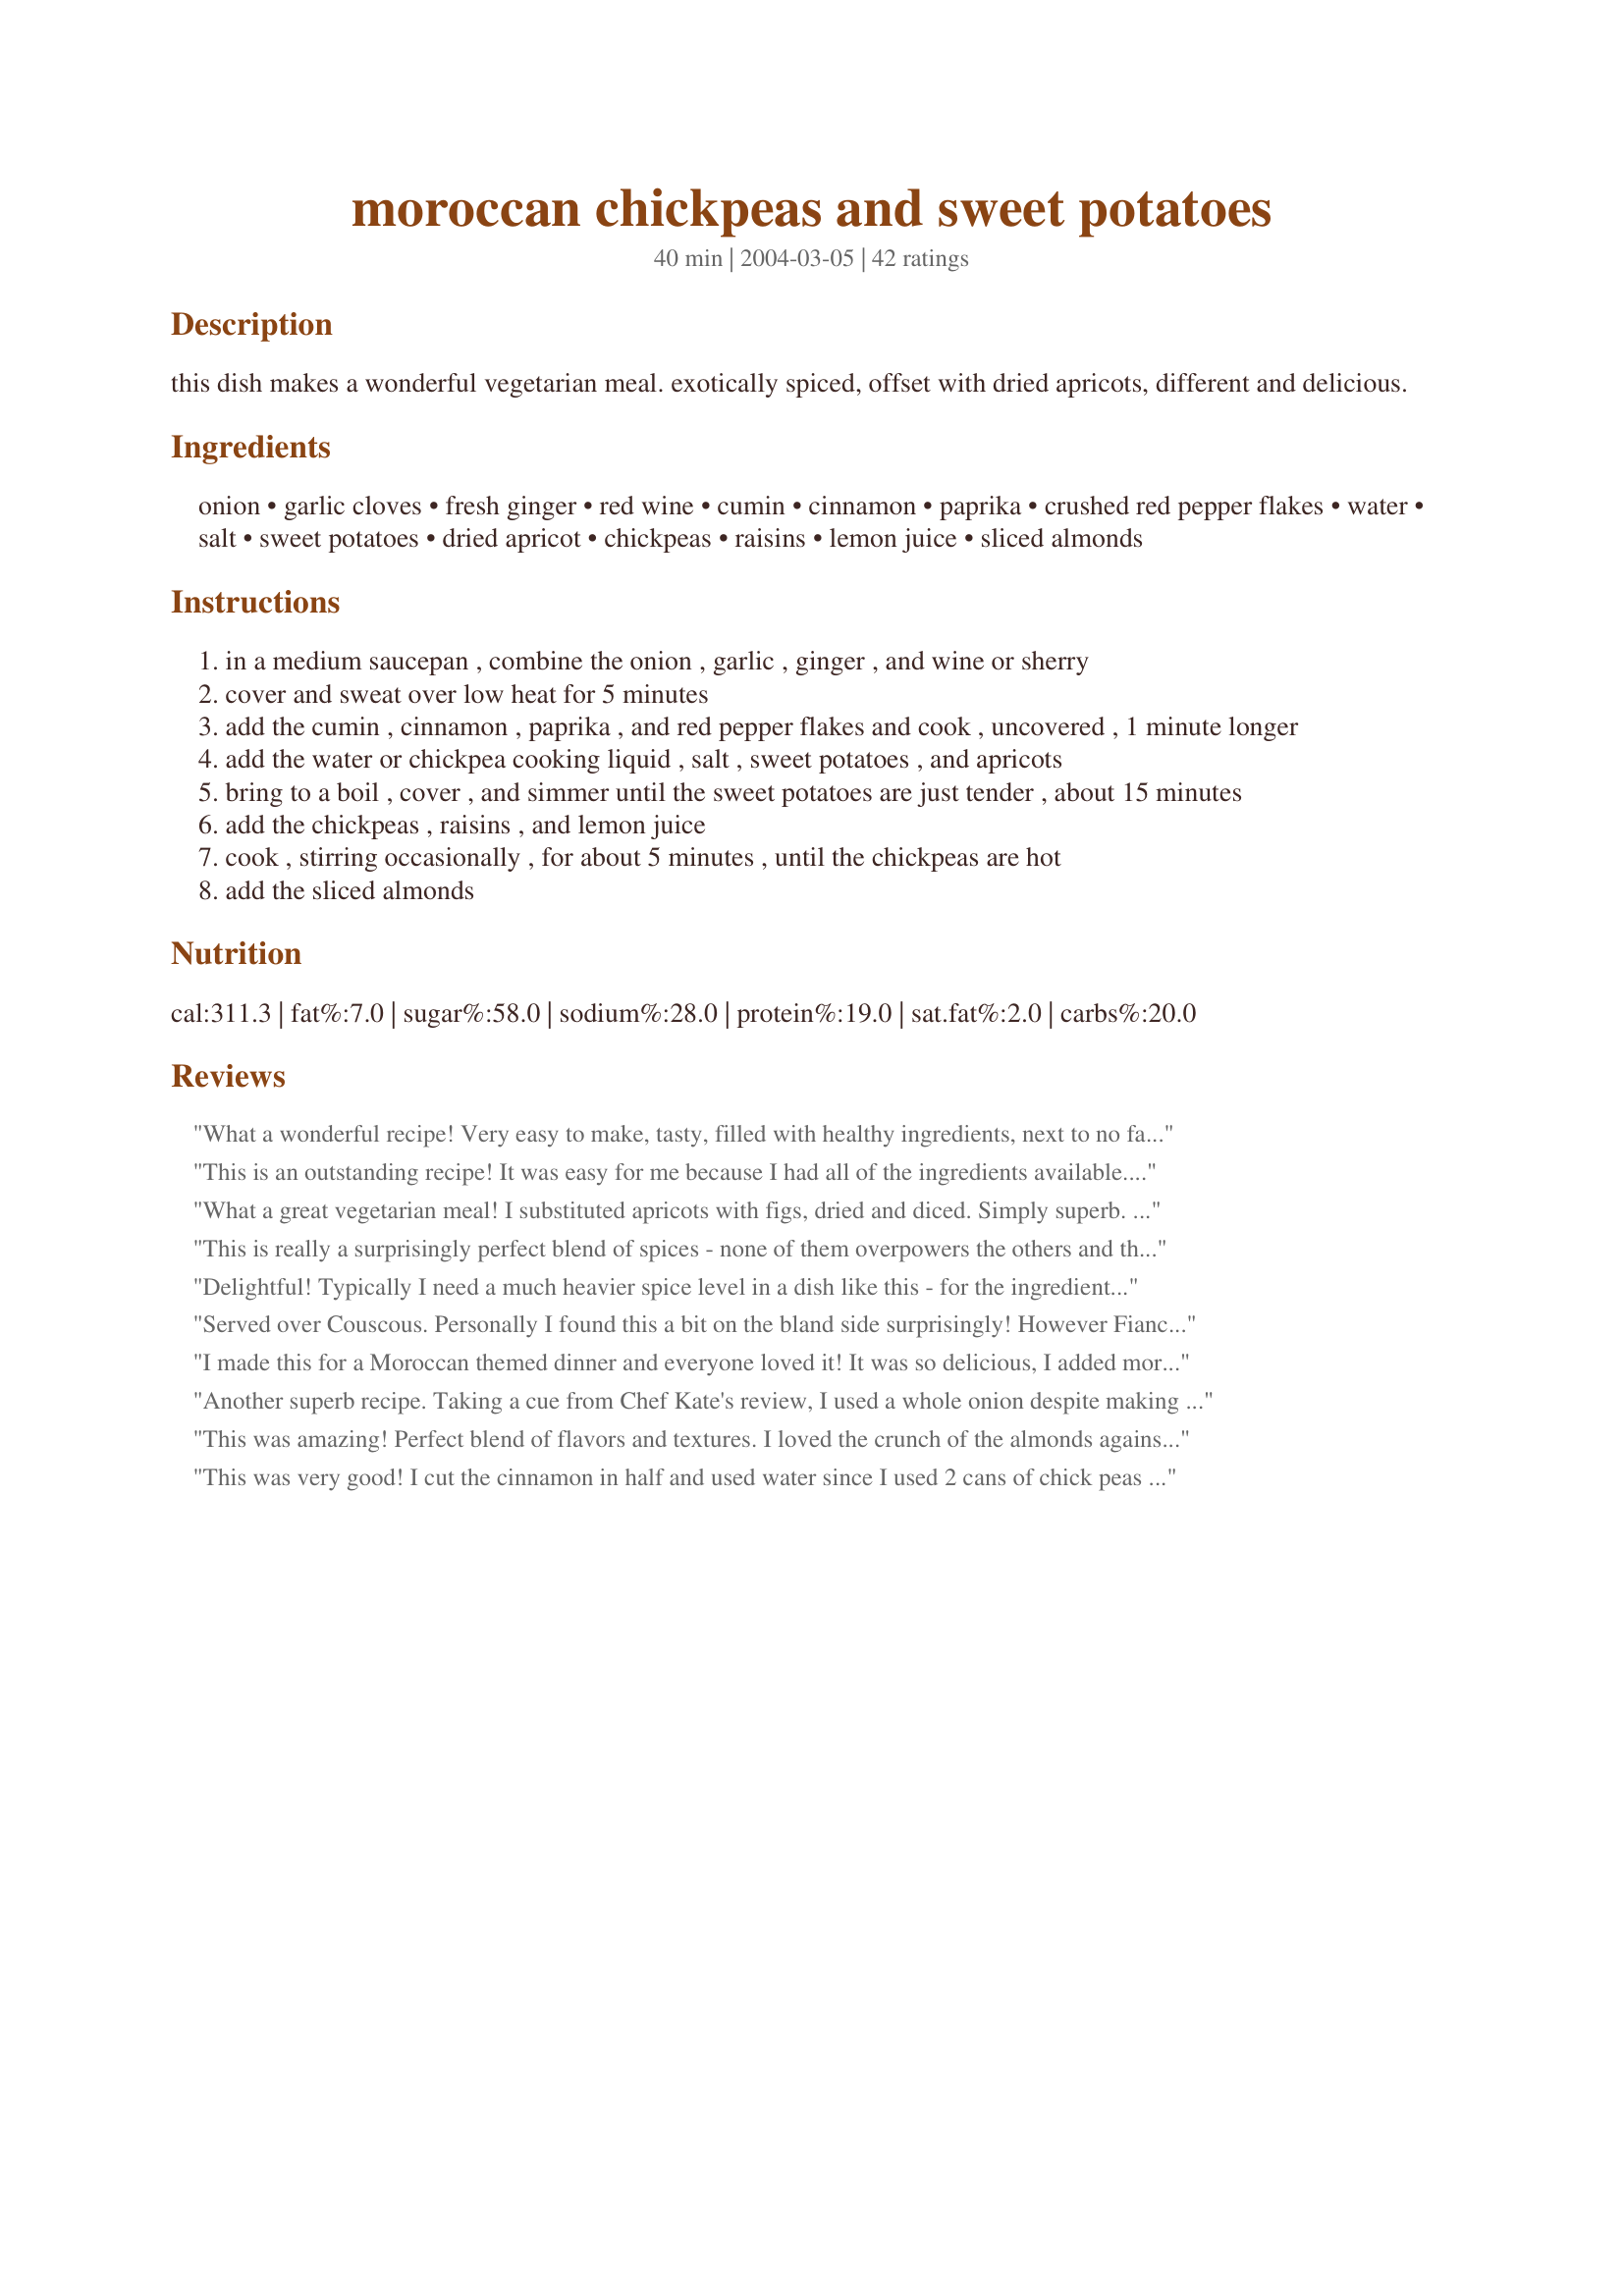
moroccan chickpeas and sweet potatoes
Preparation time: 40 minutes

this dish makes a wonderful vegetarian meal. exotically spiced, offset with dried apricots, different and delicious.

Ingredients:
onion, garlic cloves, fresh ginger, red wine, cumin, cinnamon, paprika, crushed red pepper flakes, water, salt, sweet potatoes, dried apricot, chickpeas, raisins, lemon juice, sliced almonds

Steps:
in a medium saucepan , combine the onion , garlic , ginger , and wine or sherry
cover and sweat over low heat for 5 minutes
add the cumin , cinnamon , paprika , and red pepper flakes and cook , uncovered , 1 minute longer
add the water or chickpea cooking liquid , salt , sweet potatoes , and apricots
bring to a boil , cover , and simmer until the sweet potatoes are just tender , about 15 minutes
add the chickpeas , raisins , and lemon juice
cook , stirring occasionally , for about 5 minutes , until the chickpeas are hot
add the sliced almonds

Reviews:
What a wonderful recipe! Very easy to make, tasty, filled with healthy ingredients, next to no fat. My DH said: "I never thought I'd like eating food like this."
This is an outstanding recipe!
It was easy for me because I had all of the ingredients available.
I think my one sister ate most of it.
This dish was so good with our Thanksgiving dinner.
Thanks for posting!
What a great vegetarian meal! I substituted apricots with figs, dried and diced. Simply superb. Thank you.
This is really a surprisingly perfect blend of spices - none of them overpowers the others and the whole is far greater than the sum of the parts! I was tempted to add some olive oil in the beginning steps of the preparation because I just couldn't believe this veggie dish was gonna fly without any fat; but I resisted. And it works - you just have to believe...
Delightful! Typically I need a much heavier spice level in a dish like this - for the ingredients involved it was spot-on. After reading from other reviewers that it seemed to lack "sauce", I put a generous amount of sherry near the end. This seemed to give it some oomph. Thanks!
Served over Couscous. Personally I found this a bit on the bland side surprisingly! However Fiance said he loved it so we meet halfway at 4 stars. Made exact to recipe.
I made this for a Moroccan themed dinner and everyone loved it! It was so delicious, I added more apricots than the recipe asked for and glad i did as it made a nice sweet flavour to offset some of the other spicy dishes we had. Will be making this again!
Another superb recipe. Taking a cue from Chef Kate's review, I used a whole onion despite making just two servings. For the liquid, I used half liquid and half water to get the benefit of the thickening from the first without ending up with too much salt. I did end up adding more water, but that had more to do with my desire to have extra sauce than anything else. Delicious.
This was amazing! Perfect blend of flavors and textures. I loved the crunch of the almonds against the sweet potatoes and chickpeas. Next time I may double the apricots, just because I love them. Thanks for sharing!
This was very good! I cut the cinnamon in half and used water since I used 2 cans of chick peas (about 2 1/2 cups).. The only thing I thought it lacked was salt and I'm usually very sensitive to salt! No matter...I just added some to the final product. Thanks so much for posting.. I will definitely be making this again.
I agree, it was a lovely dish. I have made this a couple of times, and can confirm, that it freezes brilliantly.
Extremely healthy dish, so I can't say I'm not going to make it again, and the prep is nice and straightforward, but the cinnamon flavor in my opinion is much too overpowering. Any bite with a strong almond flavor was much better, so add more of those along with less cinnamon. I'll probably use a little cayenne next time to get something on the spicier side to balance out the overall sweetness as well. Probably could use some fresh green herbs as a finisher, too (parsley or cilantro?)
Brilliant and delicious! A beautiful balance between sweet and tangy with full flavors. I did use a Moroccan spice blend called Ras El Hanout instead of the listed spices (which I highly recommend) otherwise, followed the recipe as written.
Served over Basmati rice, this was so easy to throw together and a healthy alternative to meat--which, as a big carnivore, I was surprised to find I didn't miss at all!

If you are the least bit interested, give the recipe a try, I don't think you'll be disappointed. I wasn't!
I hate to say this but we didn't love this as much as everyone else seems to. FIrst of all, I have to say that this is a very healthy and realatively easy dish. I felt like it needed a more substantial sauce or flavor. I added a bunch extra hot peppers which made a difference but I still thought it needed more. THanks for the recipe evelyn.....
A lovely healthy recipie and tasty too. I used dried chickpeas, so it was pretty cheap aswell. The amount of red pepper flakes recommended give a lovely taste but not much heat - if you like your food on the hot side you will need to add more. It is also worth noting that the portion size is generous, and for many people this may well stretch to 5 or 6. Thanks for posting such a great recipie.
This made a great vegetarian dinner for my husband and I. I served this dish over brown rice. We will definitely be making it again. The red pepper flakes made for a nice sweet and sour sort of taste. I will say that prep was definitely more than 5 minutes. In fact, it was probably closer to 20 to 25 minutes.
Thanks for the excellent recipe! We really enjoy sweet potatoes, so this is another healthy and delicious way to dress them up. I couldn't get a hold of dried apricots, so I doubled the amount of raisins instead. I used chickpea liquid and a bit of water, but omitted the salt. Served it over brown rice. Yum!
Excellent, nice combination of flavors and textures. Served with couscous.
This recipe is tasty, very satisfying, and looks beautiful. I like the idea of sweating the onions, garlic and ginger to reduce fat calories. I didn't have all ingredients on hand, so used a red onion, cayenne pepper in place of the flakes, and dried cranberries instead of the apricots. I also had baked my potatoes earlier and just added them without bringing to a boil. Really delicious!
I like all the components of this dish, but the result lacked in flavor. If I tried to make it again sometime I would add peanut butter. Because peanut butter makes everything better.
I am just SO disappointed !! We are having vegetarian guests and LONG time friends, in for dinner next month, and I REALLY wanted this to be the center piece of dinner !! Have found that I DO NOT like sweet main dishes with strong taste of cinnamon !! I prepared half recipe for our taste test, and DH thought "something spicier" would help -- but I didn't think any adjustment would improve the taste. I have always counted on Ev/Athens for authentic recipes, and have no doubt this is one. I just cannot serve it when I can't enjoy it! Thanks, Ev -- but I need to do more research.
Janey
We tried this recipe and found it to be delicious - sweet & sour - highly recommended.
We tried this dish last night and really enjoyed it. I used red wine vinegar instead of red wine (I don't use alcohol at all in my cooking.) and it turned out just fine! I also forgot to add the almonds, too busy trying to get dinner on the table! A good dish to eat every once in awhile.
Substituted dried cranberries for the dried apricots and it turned out to be a delicious and colorful addition to our Christmas dinner. I love that there is no added fat. This tasty dish received great reviews and requests to make sure it appears on our dinner table again soon. Seasoning was just right with a bit of kick to make the sweet potatoes stand out. So much better than the marshmallow covered glop that the healthy sweet potato is subjected to on the holiday dinner table!
Loved it. I pretty much followed the recipe exactly, a rarity for me, although I didn't really measure. The lemon juice is essential to balance out all the sweet flavors. The almonds add a lot, too. I will make this again.
Made an excellent vegetarian meal served over steamed rice last night. I used fresh lime juice in place of lemon and threw some fresh cilantro on the top which was a nice touch. Would beef up the spices just a bit as we like ours with lots of spice - looking forward to leftovers this afternoon.
Absolutely fantastic! One of the best recipes I've ever tried. My husband loved it and I can't wait to try it out on our vegan son!
The chickpeas perfectly complement the sweetness of the potato and fruit. The onions take on a lovely texture--and are a wonderful foil for the other textures--next time I think I will increase the amount of onion. An excellent vegetarian supper.
It was WONDERFUL! I sooo enjoyed this dish. Made it just as you posted except for the lemon juice...was out. I think next time I will increase the apricots and leave out the raisins, just personal preference. Served it with brown jasmine rice and homemade naan bread, which I make very spicy. I had doubled the recipe but not the red peppers, which I added at the end anyway. The only comment other than, "Great', was from my son for more salt.
This was a very tasty recipe! I substituted 1 tbsp of garam masala for the spices listed, which I realize made it more Indian than Moroccan, but it still worked well and was so good. My 2 year old even ate it, which speaks volumes for the power of this recipe!!!!
This was SO good. We left out the apricots (didn't have any) and the almonds (forgot to add them); otherwise we followed the recipe as written. It's such a nice combination of sweet, spicy, and sour. I thoroughly enjoyed the leftovers the next day, too. We served this over brown rice, by the way. Thanks for sharing this!
Excellent! I served it as an accompaniment to my Chicken B'stilla Roll. I used canned, drained chick peas, chicken stock instead of water & both orange & white sweet potatoes. Son had some harissa with his. Definitely a keeper, thank you.
excelent had a chicken tagine dish to go with this also cousecouse<br/> hudley1
Fragrant and delicious, was great as a main dish and as a side. Thanks for sharing!
This is a gorgeous dish. Quite sweet for some tastes but the spice gives it a bit of an edge & I used a little extra ginger for some kick. 
I used a can of chickpeas and the water they came in worked out to be the exactly one cup! Perfect. 
My husband hates dried apricots & raisins but he ate this & raved about it! Ha ha. 
Happy cooking!
Oh my god! This is fantastic. The blend of flavours and textures is heavenly and it has lots of eye-appeal too. We had it as a main course with an Asian salad on the side and the combination was perfect. I will also make this as a side dish to accompany lamb and chicken main courses. Thanks so much for posting this amazing (and also easy and cheap!) recipe!
Oooooh! this is exactly the type of vegetarian dish that I love! I used canned chickpeas but everything else was the same. I may have added a bit too much crushed red pepper flakes, it has quite a bite - but I served this with a dollop of Greek yoghurt which mellowed it out and really put a nice finish to the meal. Thank you for the post! ZWT 3
OMG!!!! I loved this. The kids did not care for the chickpeas but they don't like peas of any kind. Other than that they loved it. Hubby made pork chops for him and the kids and I just had this without the chops. Very filling.
Served with Recipe #71484, couscous and greek yogurt flavoured with mint and cummin this made for a wonderful meal. The only adjustments I made to the recipe was add more water than stated in the recipe so there was a little "gravy/juice" the flavours were spot on, thanks for sharing!
This was fantastic! Easy, healthy and inexpensive. I made this exactly as written and would not change a thing. Thanks.
Simple dinner for people who weren't up to eating meat. I had just come out of a surgery, so the meal was easy to chew.
EXCELLENT. Canned chickpeas (drained) is fine. Saute onions first before any other step. Ok to delete red wine/sherry and apricots. Serve with plain couscous. Wonderful meal.
